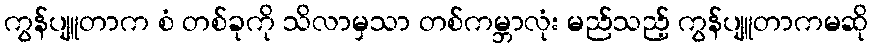
ကွန်ပျူတာက စံ တစ်ခုကို သိလာမှသာ တစ်ကမ္ဘာလုံး မည်သည့် ကွန်ပျူတာကမဆို